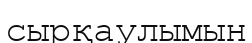
сырқаулымын